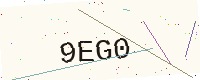
Text: 9EG0